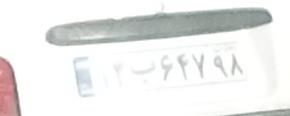
۱۲ب۶۴۷۹۸